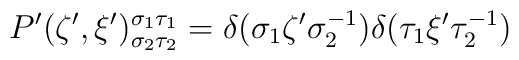
P'(\zeta',\xi')^{\sigma_1\tau_1}_{\sigma_2\tau_2}= \delta(\sigma_1\zeta'\sigma_2^{-1})\delta(\tau_1\xi'\tau_2^{-1})